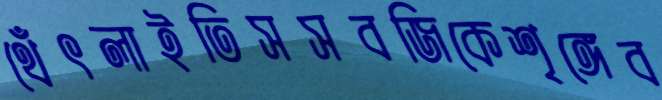
থেঁৎলাইতিসসবজিকেশৃঙ্গেব